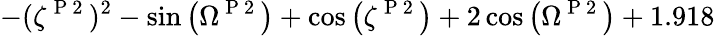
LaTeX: -(\zeta^{\mathrm{~P~2~}})^{2}-\sin{\left(\Omega^{\mathrm{~P~2~}}\right)}+\cos{\left(\zeta^{\mathrm{~P~2~}}\right)}+2\cos{\left(\Omega^{\mathrm{~P~2~}}\right)}+1.918